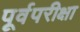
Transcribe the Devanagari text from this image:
पूर्वपरीक्षा